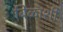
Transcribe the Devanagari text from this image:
बिळाशी